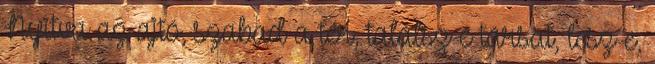
Nyitva az ajtó, szabad a tér, találsz-e társat, lesz-e,